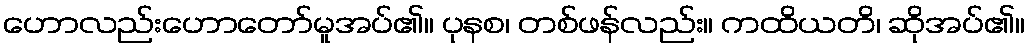
ဟောလည်းဟောတော်မူအပ်၏။ ပုနစ၊ တစ်ဖန်လည်း။ ကထိယတိ၊ ဆိုအပ်၏။